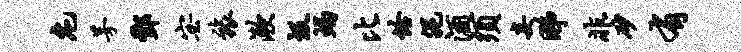
庀茅酆宓旅漱圾蝎比恰泥酒须妄睇非砂有